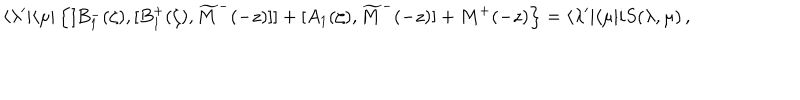
\langle \lambda ^ { \prime } | \langle \mu | \left\{ [ B _ { 1 } ^ { - } ( \zeta ) , [ B _ { 1 } ^ { + } ( \zeta ) , \widetilde M ^ { - } ( - z ) ] ] + [ A _ { 1 } ( \zeta ) , \widetilde M ^ { - } ( - z ) ] + M ^ { + } ( - z ) \right\} = \langle \lambda ^ { \prime } | \langle \mu | i S ( \lambda , \mu ) \, ,